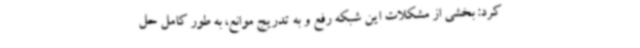
کرد: بخشی از مشکلات این شبکه رفع و به تدریج موانع، به طور کامل حل